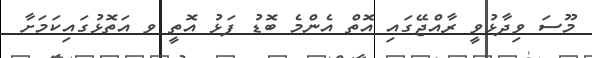
މޫސަ ވިދާޅުވީ ރާއްޖޭގައި އޮތް އެންމެ ބޮޑު ފަޅު އޮތީ ވ އަތޮޅުގައިކަމަށާ